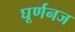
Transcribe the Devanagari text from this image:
घूर्णनज